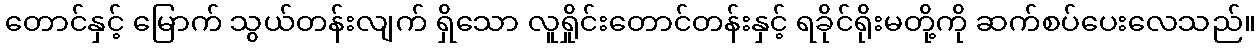
တောင်နှင့် မြောက် သွယ်တန်းလျက် ရှိသော လူရှိုင်းတောင်တန်းနှင့် ရခိုင်ရိုးမတို့ကို ဆက်စပ်ပေးလေသည်။